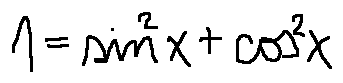
1 = \sin ^ { 2 } x + \cos ^ { 2 } x